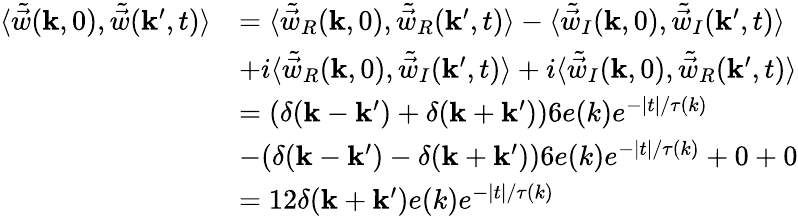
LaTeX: \begin{array}{rl}{\langle\tilde{\vec{w}}(\mathbf{k},0),\tilde{\vec{w}}(\mathbf{k}^{\prime},t)\rangle}&{=\langle\tilde{\vec{w}}_{R}(\mathbf{k},0),\tilde{\vec{w}}_{R}(\mathbf{k}^{\prime},t)\rangle-\langle\tilde{\vec{w}}_{I}(\mathbf{k},0),\tilde{\vec{w}}_{I}(\mathbf{k}^{\prime},t)\rangle}\\ &{+i\langle\tilde{\vec{w}}_{R}(\mathbf{k},0),\tilde{\vec{w}}_{I}(\mathbf{k}^{\prime},t)\rangle+i\langle\tilde{\vec{w}}_{I}(\mathbf{k},0),\tilde{\vec{w}}_{R}(\mathbf{k}^{\prime},t)\rangle}\\ &{=(\delta(\mathbf{k}-\mathbf{k}^{\prime})+\delta(\mathbf{k}+\mathbf{k}^{\prime}))6e(k)e^{-|t|/\tau(k)}}\\ &{-(\delta(\mathbf{k}-\mathbf{k}^{\prime})-\delta(\mathbf{k}+\mathbf{k}^{\prime}))6e(k)e^{-|t|/\tau(k)}+0+0}\\ &{=12\delta(\mathbf{k}+\mathbf{k}^{\prime})e(k)e^{-|t|/\tau(k)}}\end{array}